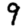
Digit: 9